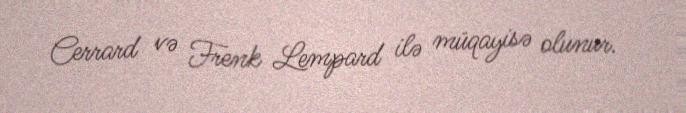
Cerrard və Frenk Lempard ilə müqayisə olunur.